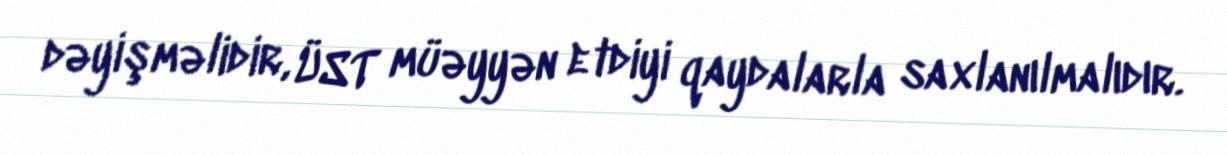
dəyişməlidir, ÜST müəyyən etdiyi qaydalarla saxlanılmalıdır.